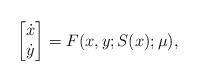
LaTeX: \begin{align*}\begin{bmatrix} \dot{x} \\ \dot{y} \end{bmatrix} =F(x,y;S(x);\mu),\end{align*}